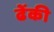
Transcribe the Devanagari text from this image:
ढेंकी